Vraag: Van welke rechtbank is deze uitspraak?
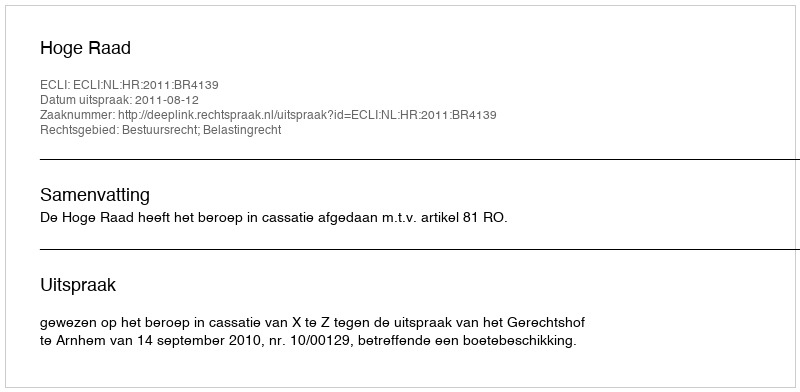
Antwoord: Hoge Raad